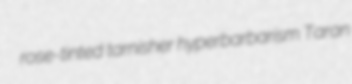
rose-tinted tarnisher hyperbarbarism Taran